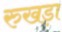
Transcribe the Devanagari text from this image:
रुखड़ा